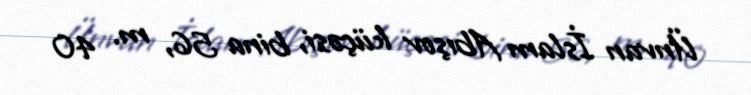
Ünvan İslam Abışov küçəsi, bina 56, m. 40